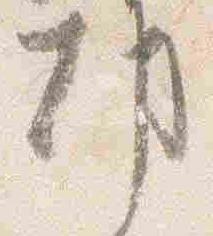
都